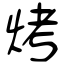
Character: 烤